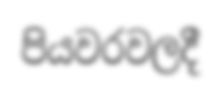
පියවරවලදී